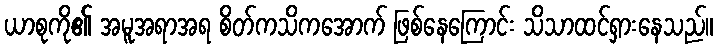
ယာစုကို၏ အမူအရာအရ စိတ်ကသိကအောက် ဖြစ်နေကြောင်း သိသာထင်ရှားနေသည်။